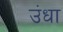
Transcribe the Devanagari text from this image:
उंधा